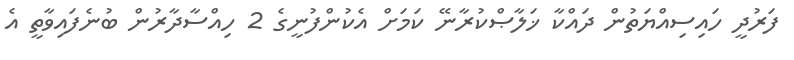
ފަރުދީ ހައިސިއްޔަތުން ދައްކާ ޚަލާޞްކުރާނޭ ކަމަށް އެކުންފުނީގެ 2 ހިއްސާދާރުން ބުނެފައިވާތީ އެ